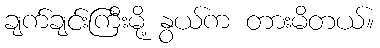
ချက်ချင်းကြီးမို့ နွယ်က တားမိတယ်။